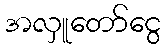
အလှူတော်ငွေ